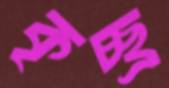
কৃচ্ছ্র